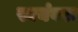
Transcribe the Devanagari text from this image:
स्वयंवरः